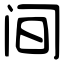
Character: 间